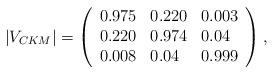
LaTeX: \begin{align*}|V_{CKM}| = \left( \begin{array}{lll} 0.975 & 0.220 & 0.003 \\ 0.220 & 0.974 & 0.04 \\ 0.008 & 0.04 & 0.999 \end{array} \right),\end{align*}